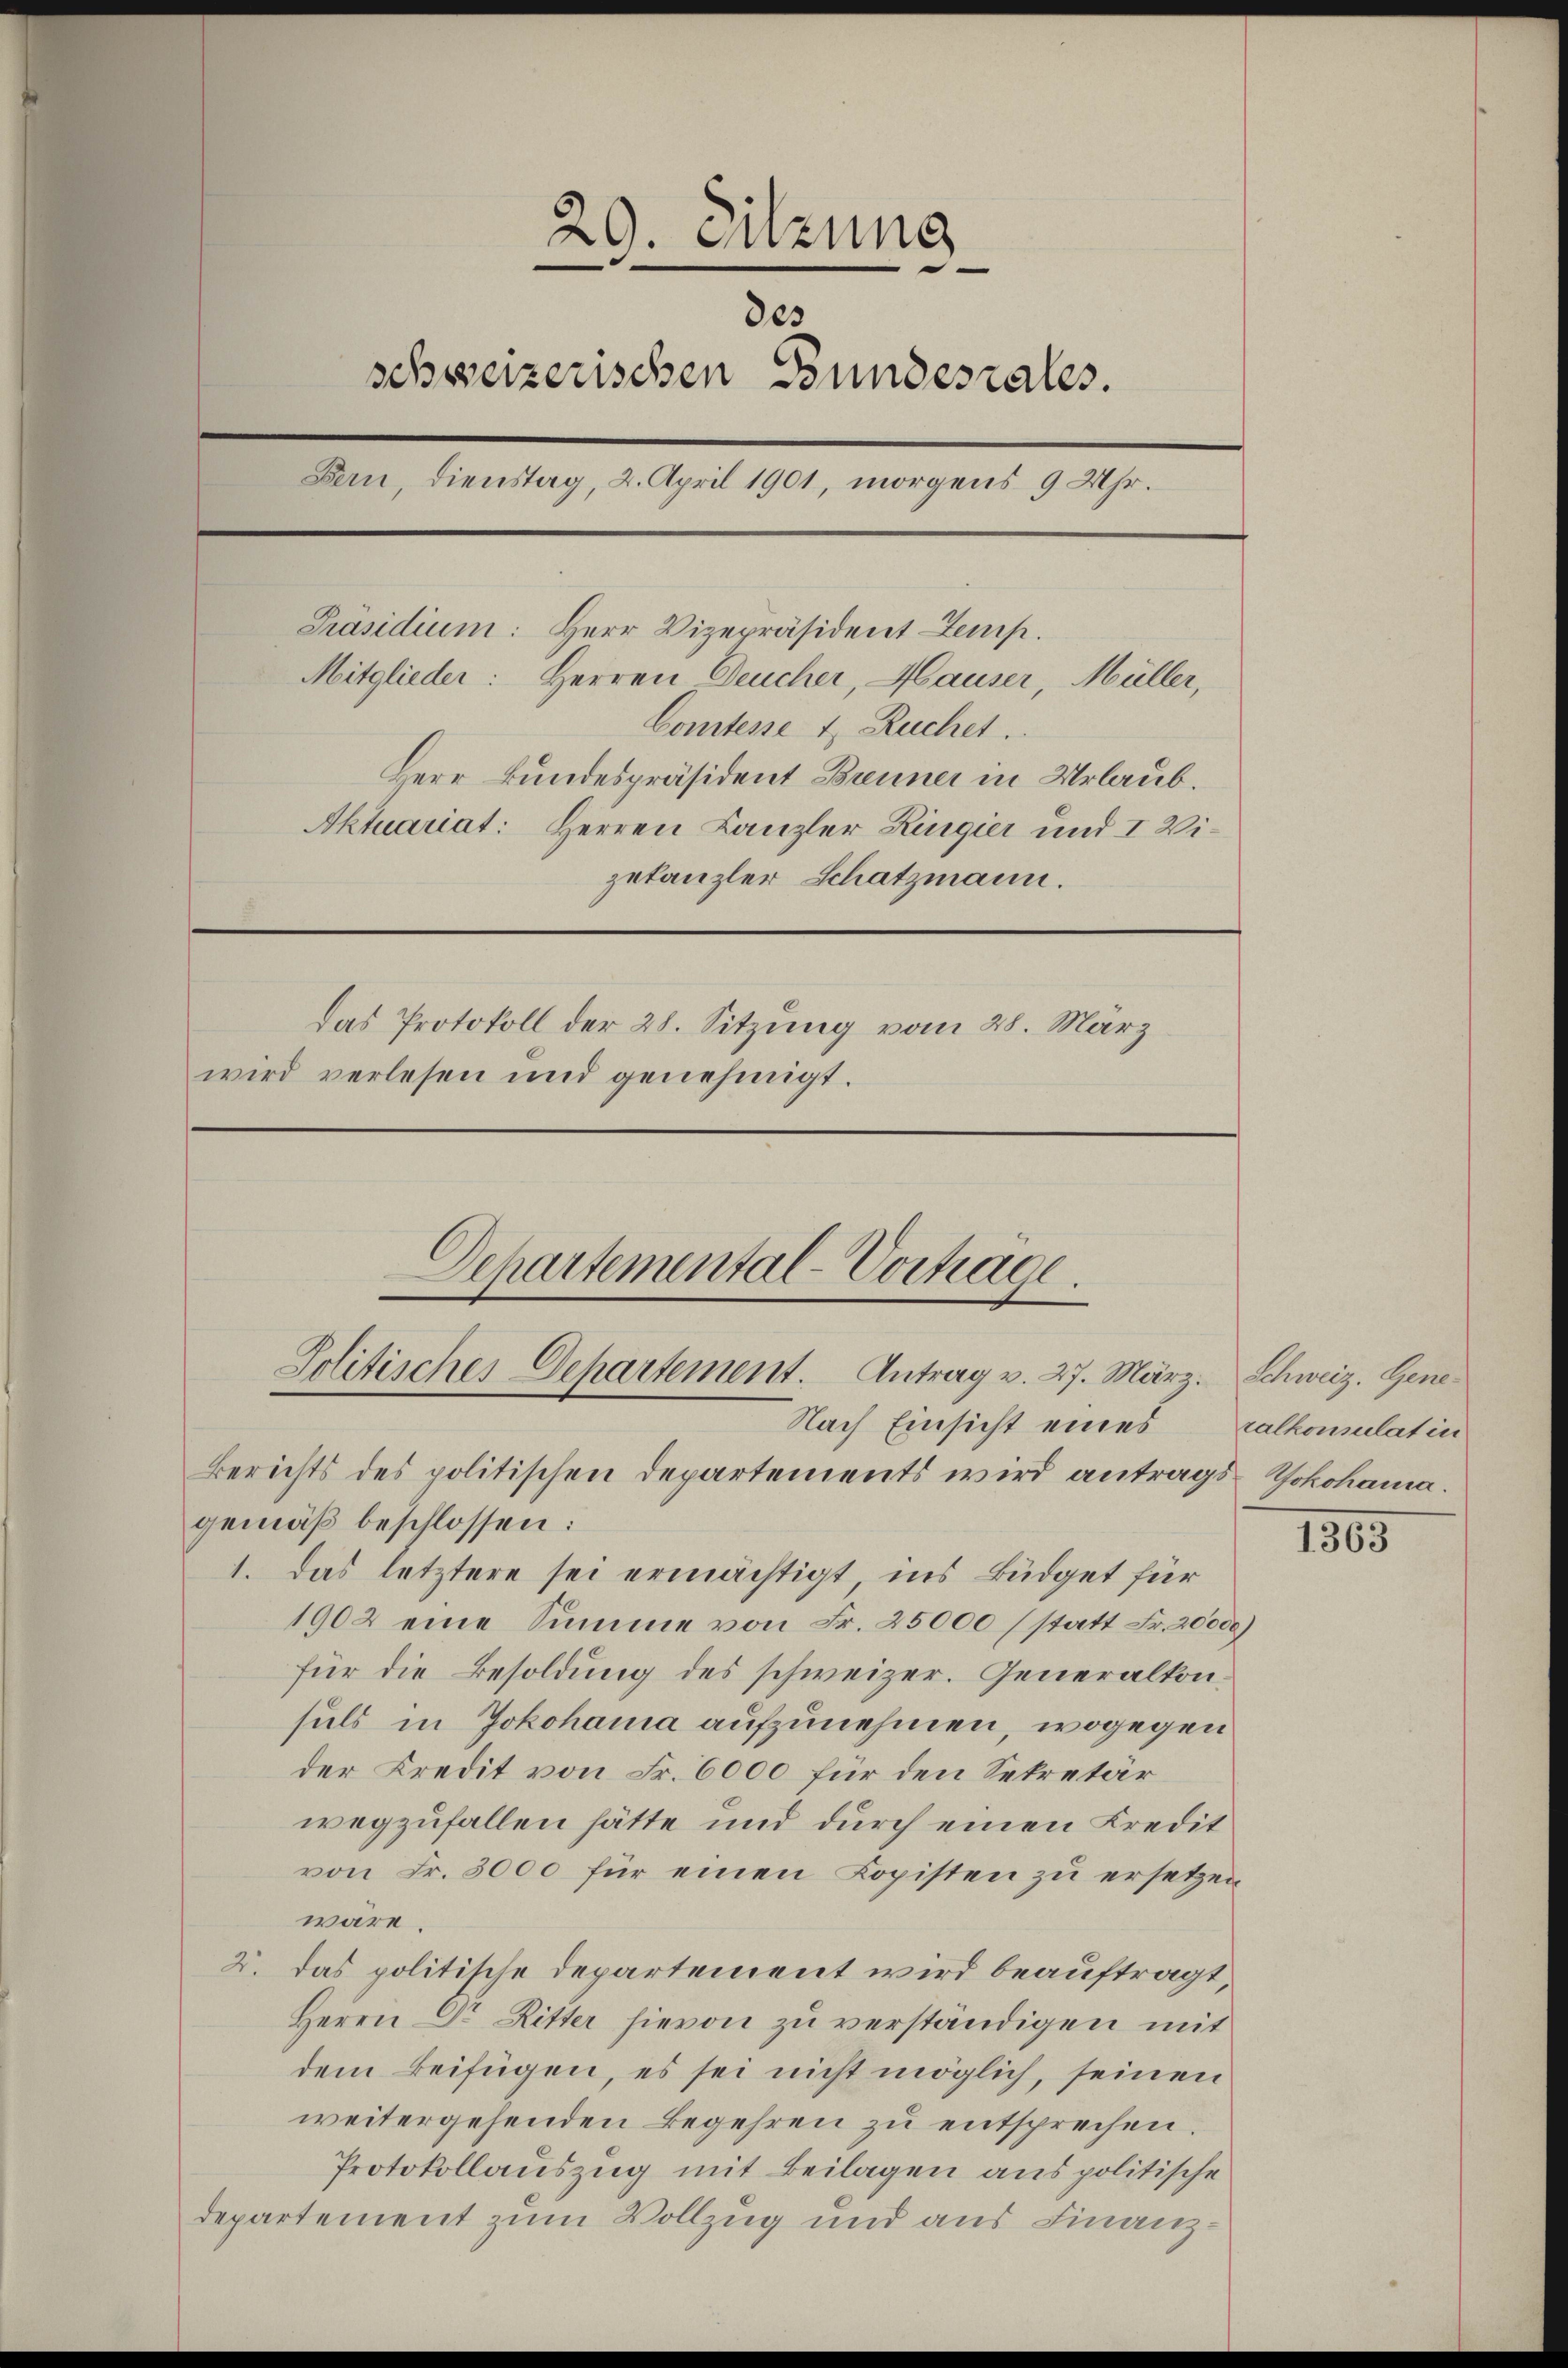
29. Sitzung
des
schweizerischen Bundesrates.
Bern, Dienstag, 2. April 1901, morgens 9 Uhr.
Präsidium: Herr Vizepräsident Zemp.
Mitglieder: Herren Deucher, Hauser, Müller,
Comtesse u. Ruchet.
Herr Bundespräsident Brenner in Urlaub.
Aktuariat: Herren Kanzler Ringier und I Vizekanzler Schatzmann.
Das Protokoll der 28. Sitzung vom 28. März
wird verlesen und genehmigt.
Departemental-Vortrage.
Politischer Departement. Antrag v. 27. März. Schweiz. Gene¬

gemäß beschlossen:
1. Das letztere sei ermächtigt ins Büdget für
1902 eine Summe von Fr. 25000 / statt Fr. 20000)
für die Besoldung des schweizer. Generalkonsuls in Jokohama aufzunehmen, wogegen
der Kredit von Fr. 6000 für den Sekretär
wegzufallen hätte und durch einen Kredit
von Fr. 3000 für einen Kopisten zu ersetzen
wäre.
2. das politische Departement wird beauftragt,
Herrn Dr Ritter hievon zu verständigen mit
dem Beifügen, es sei nicht möglich, seinen
weitergehenden Begehren zu entsprechen
Protokollauszug mit Beilagen aus politische
departement zum Vollzug und aus Finanz¬

Nach Einsicht eines
Berichts des politischen Departements wird antrags Yokohama.

ralkonsulat in

1865